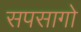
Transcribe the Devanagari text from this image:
सपसागो